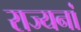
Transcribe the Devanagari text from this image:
राज्यनां